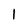
Character: l